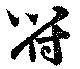
符